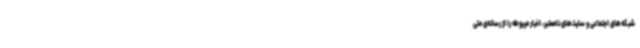
شبکه‌های اجتماعی و سایت‌های نامعتبر، اخبار مربوطه را از رسانه‌ی ملی